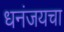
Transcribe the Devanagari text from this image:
धनंजयचा